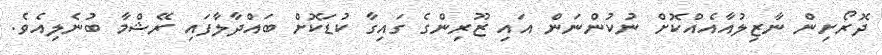
ދޮރޯށިން ނާޒިލުއާއެއްކޮށް ނުކުންނަން އައި ޒޫރިންގެ ގައިގާ ކުޑަކޮށް ބައްދާލާފައި ރޭޝްމާ ބުނެލިއެވެ.